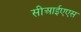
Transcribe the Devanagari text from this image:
सीआईएएस